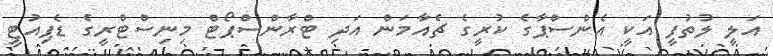
އަލީ ލުތުފީ އަކީ އެންސްޕާގެ ކުރީގެ ޗެއާމަަން އަދި ޓްރާންސްޕޯޓް މިނިސްޓްރީގެ ޑެޕިއުޓީ